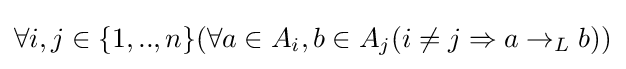
\forall i,j\in \{1,..,n\}(\forall a\in A_{i},b\in A_{j}(i\neq j\Rightarrow a\rightarrow _{L}b))